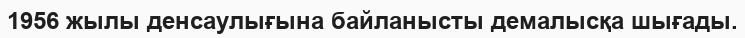
1956 жылы денсаулығына байланысты демалысқа шығады.